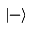
| - \rangle